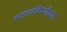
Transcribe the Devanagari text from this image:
स्थानाविषयीच्या